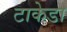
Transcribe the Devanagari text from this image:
टाकेडा